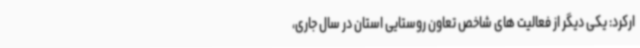
ارکرد: یکی دیگر از فعالیت های شاخص تعاون روستایی استان در سال جاری،